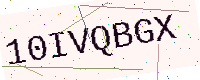
Text: 10IVQBGX